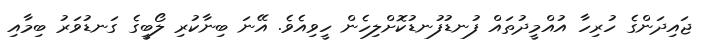
ޖައިދަންގެ ހުރިހާ އުއްމީދުތައް ފުނޑުފުނޑުކޮށްލިހެން ހީވިއެވެ. އޭނަ ބިނާކުރި ލޯބީގެ ގަނޑުވަރު ބިމާއި